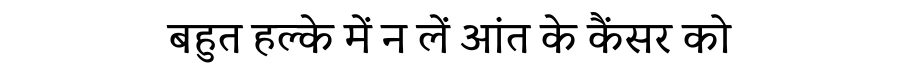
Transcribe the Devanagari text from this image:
बहुत हल्के में न लें आंत के कैंसर को